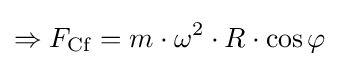
\Rightarrow F_{\mathrm {Cf} }=m\cdot \omega ^{2}\cdot R\cdot \cos \varphi